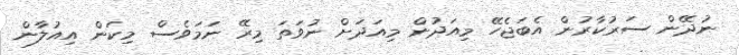
ނުދޭން ސަރުކާރުން އެބަޖެހޭ މިއަދުން މިއަދަށް ނުވަތަ މިރޭ ނަމަވެސް މިކަން އިއުލާން